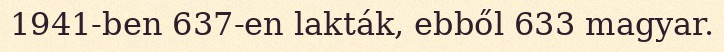
1941-ben 637-en lakták, ebből 633 magyar.